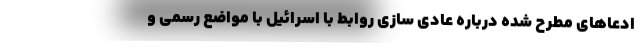
ادعاهای مطرح شده درباره عادی سازی روابط با اسرائیل با مواضع رسمی و